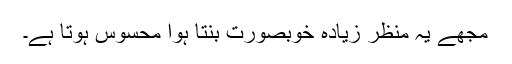
مجھے یہ منظر زیادہ خوبصورت بنتا ہوا محسوس ہوتا ہے۔